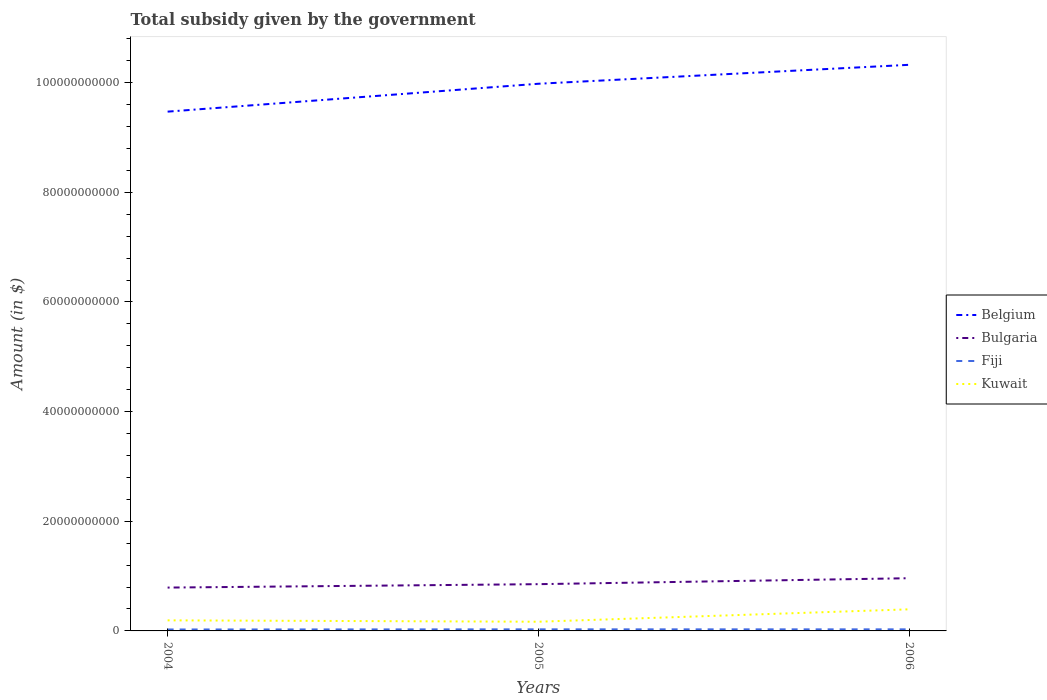
| Years | Belgium | Bulgaria | Fiji | Kuwait |
 | --- | --- | --- | --- | --- |
 | 2004 | 9.47e+10 | 7.91e+09 | 2.62e+08 | 1.93e+09 |
 | 2005 | 9.98e+10 | 8.53e+09 | 2.88e+08 | 1.68e+09 |
 | 2006 | 1.03e+11 | 9.61e+09 | 2.89e+08 | 3.94e+09 |